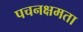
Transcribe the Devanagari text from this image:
पचनक्षमता